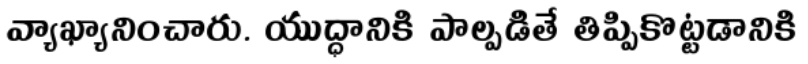
వ్యాఖ్యానించారు. యుద్ధానికి పాల్పడితే తిప్పికొట్టడానికి